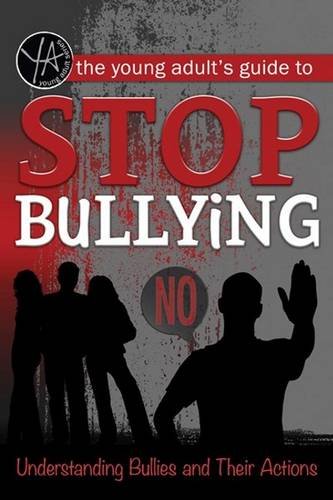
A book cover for The Young Adult's Guide to Stop Bullying: Understanding Bullies and Their Actions; Atlantic Publishing Group Inc; Teen & Young Adult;